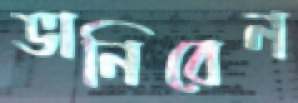
ভানিবেন